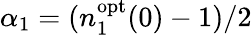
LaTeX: \alpha_{1}=(n_{1}^{\mathrm{opt}}(0)-1)/2